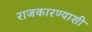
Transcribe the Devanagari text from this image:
राजकारण्याशी